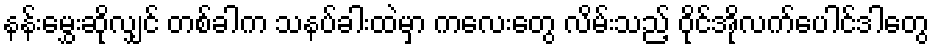
နန်းမွှေးဆိုလျှင် တစ်ခါက သနပ်ခါးထဲမှာ ကလေးတွေ လိမ်းသည့် ဝိုင်အိုလက်ပေါင်ဒါတွေ